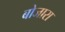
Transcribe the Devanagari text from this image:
बोजारा